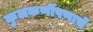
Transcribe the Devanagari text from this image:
कुलकर्णीपणाचें